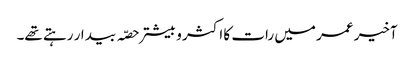
آخیر عمر میں رات کا اکثر و بیشتر حصّہ بیدار رہتے تھے۔